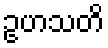
ဥဟသတိ